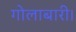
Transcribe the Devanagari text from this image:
गोलाबारी।